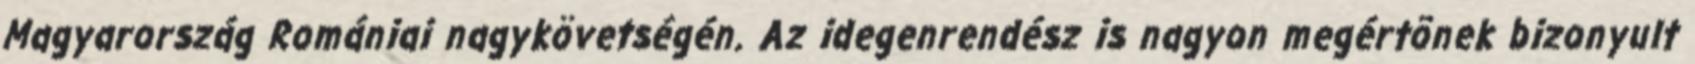
Magyarország Romániai nagykövetségén. Az idegenrendész is nagyon megértõnek bizonyult